Annual administration report of the Civil Veterinary Department of India - 1893-1894
Year: 1893
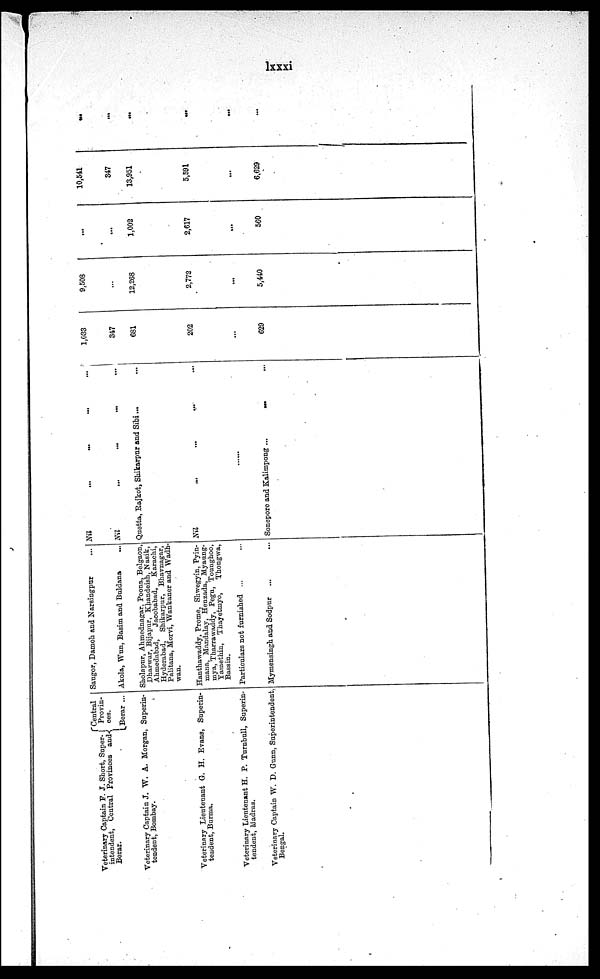
lxxxi
Veterinary Captain F. J. Short, Super-
intendent, Central Provinces and
Berar.
Central
Provin-
ces.
Berar ...
Veterinary Captain J. W. A. Morgan, Superin-
tendent, Bombay.
Veterinary Lieutenant G. H. Evans, Superin-
tendent, Burma.
Veterinary Lieutenant H. P. Turnbull,Superin-
tendent, Madras.
Veterinary Captain W. D. Gunn, Superintendent,
Bengal.
Saugor, Damoh and Narsingpur ...
Akola, Wun, Basim and Buldana ...
Sholapur, Ahmednagar, Poona, Belgaon,
Dharwar, Bijapur, Khandeish, Nasik,
Ahmedabad,
Jacobabad,
Karachi,
Hyderabad, Shikarpur, Bhavnagar,
Palitana, Morvi, Wankaner and Wadh-
wan.
Hanthawaddy, Prome, Shwegyin, Pyin-
mana, Mandalay, Henzada, Myaung-
mya, Tharrawaddy, Pegu, Tounghoo,
Yamethin, Thayetmyo,
Thongwa,
Bassin.
Particulars not furnished ... ...
Mymensingh and Sodpur ... ...
Nil ... ... ... ...
Nil ... ... ... ...
Quetta, Bajkot, Shikarpur and Sibi... ...
Nil ... ... ... ...
...
Sonepore and Kalimpong ...
...
1,033
347
681
202
...
629
9,508
...
12,268
2,772
...
5,440
......
...
1,002
2,617
...
560
10,541
347
13,951
5,591
...
6,629
...
...
...
...
...
...